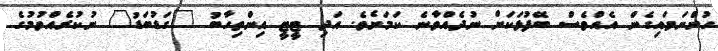
ހުންނަވައިގެން އެއްވެސް ބޭފުޅަކަށް ނުދެއްވާނެ ކަމަށެވެ. އަދި ޓީޓީ އިންތިހާބު "ގަޑުބަޑު" ނުކުރެއްވުމުގެ